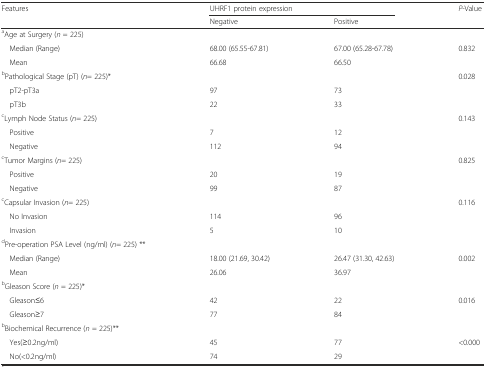
| <ROWSPAN=2> Features | <COLSPAN=2> UHRF1 protein expression | <ROWSPAN=2> P-Value |
 | Negative | Positive |
 | --- | --- | --- | --- |
 | aAge at Surgery (n = 225) |  |  |  |
 | Median (Range) | 68.00 (65.55-67.81) | 67.00 (65.28-67.78) | <ROWSPAN=2> 0.832 |
 | Mean | 66.68 | 66.50 |
 | bPathological Stage (pT) (n= 225)* |  |  | <ROWSPAN=3> 0.028 |
 | pT2-pT3a | 97 | 73 |
 | pT3b | 22 | 33 |
 | cLymph Node Status (n= 225) |  |  | <ROWSPAN=3> 0.143 |
 | Positive | 7 | 12 |
 | Negative | 112 | 94 |
 | cTumor Margins (n= 225) |  |  | <ROWSPAN=3> 0.825 |
 | Positive | 20 | 19 |
 | Negative | 99 | 87 |
 | cCapsular Invasion (n= 225) |  |  | <ROWSPAN=3> 0.116 |
 | No Invasion | 114 | 96 |
 | Invasion | 5 | 10 |
 | dPre-operation PSA Level (ng/ml) (n= 225) ** |  |  |  |
 | Median (Range) | 18.00 (21.69, 30.42) | 26.47 (31.30, 42.63) | <ROWSPAN=2> 0.002 |
 | Mean | 26.06 | 36.97 |
 | bGleason Score (n = 225)* |  |  |  |
 | Gleason≤6 | 42 | 22 | <ROWSPAN=2> 0.016 |
 | Gleason≥7 | 77 | 84 |
 | bBiochemical Recurrence (n = 225)** |  |  |  |
 | Yes(≥0.2ng/ml) | 45 | 77 | <ROWSPAN=2> <0.000 |
 | No(<0.2ng/ml) | 74 | 29 |